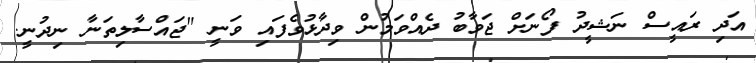
އަދި ރައީސް ނަޝީދު ފޯނަށް ޖަވާބު ދެއްވަމުން ވިދާޅުވެފައި ވަނީ "ޖައްސާލިތަނާ ނިދުނީ.